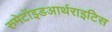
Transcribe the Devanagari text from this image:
रुमेटॉइडआर्थराइटिस